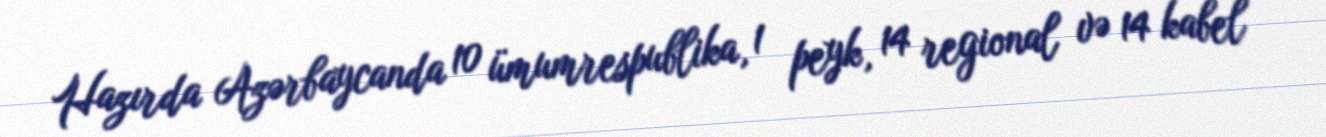
Hazırda Azərbaycanda 10 ümumrespublika, 1 peyk, 14 regional və 14 kabel